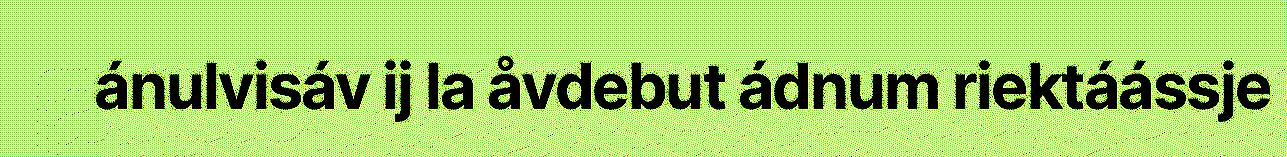
ánulvisáv ij la åvdebut ádnum riektáássje